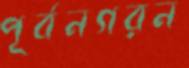
পূর্বনগরন